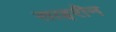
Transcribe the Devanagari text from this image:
साइरीन